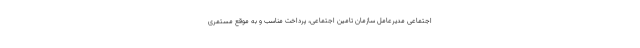
اجتماعی مدیرعامل سازمان تامین اجتماعی، پرداخت مناسب و به موقع مستمری